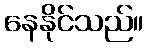
နေနိုင်သည်။